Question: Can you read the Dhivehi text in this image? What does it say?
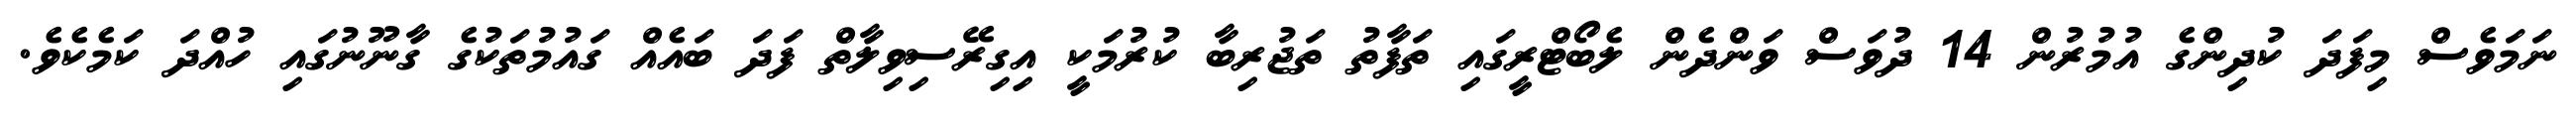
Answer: ނަމަވެސް މިފަދަ ކުދިންގެ އުމުރުން 14 ދުވަސް ވަންދެން ލެބޯޓްރީގައި ތަފާތު ތަޖުރިބާ ކުރުމަކީ އިގިރޭސިވިލާތް ފަދަ ބައެއް ގައުމުތަކުގެ ގާނޫނުގައި ހުއްދަ ކަމެކެވެ.